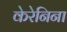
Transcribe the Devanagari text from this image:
केरेनिना